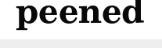
peened